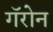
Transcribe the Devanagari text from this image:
गॅरोन